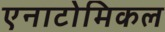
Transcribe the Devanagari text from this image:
एनाटोमिकल